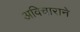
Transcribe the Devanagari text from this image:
अविचाराने